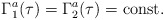
\begin{align*}\Gamma_1^a(\tau)=\Gamma_2^a(\tau)={\rm const}.\end{align*}